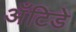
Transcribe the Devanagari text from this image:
अँटिडे